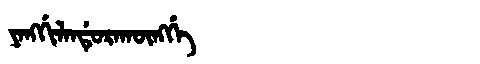
Manchu: ᠶᠠᠩᡤᡳᠯᠠᠨᡩᡠᡵᠠᡴᡡᠩᡤᡝ
Romanization: YANGGILANDURAKŪNGGE